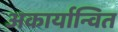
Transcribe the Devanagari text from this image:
अकार्यान्वित